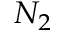
N _ { 2 }